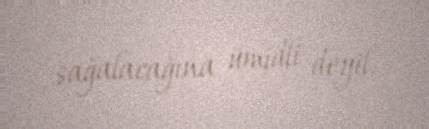
sağalacağına ümidli deyil.